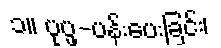
၁။ ပုပ္ဖ-ပန်းပေးခြင်း၊